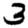
Digit: 3